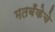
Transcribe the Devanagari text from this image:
मतबँकेचे